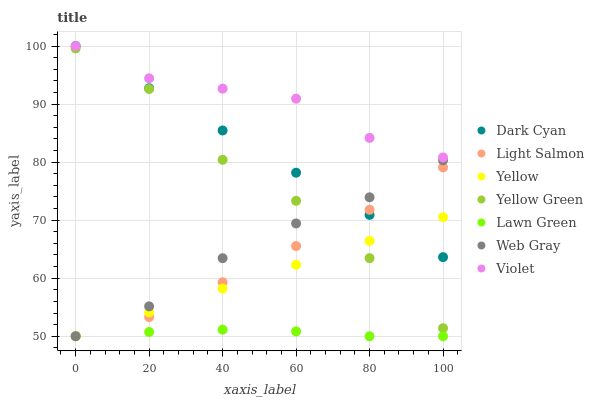
| xaxis_label | Dark Cyan | Light Salmon | Yellow | Yellow Green | Lawn Green | Web Gray | Violet |
 | --- | --- | --- | --- | --- | --- | --- | --- |
 | 0 | 100 | 50.1 | 50 | 99.6 | 50 | 50 | 100 |
 | 20 | 92.7 | 53.3 | 54.1 | 92.6 | 50.7 | 55.1 | 94.4 |
 | 40 | 85.5 | 59.3 | 58.2 | 80.4 | 51.1 | 63.4 | 92.7 |
 | 60 | 78.2 | 65.5 | 62.3 | 73.3 | 50.8 | 69.4 | 90.9 |
 | 80 | 70.9 | 71.8 | 66.4 | 63.5 | 50 | 73.9 | 84.2 |
 | 100 | 63.6 | 79.1 | 70.5 | 51.4 | 50 | 80.3 | 80.8 |